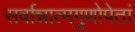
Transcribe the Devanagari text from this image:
सर्वान्नात्मगुणोपेतां